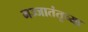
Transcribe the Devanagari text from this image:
मज्जातंतूच्या